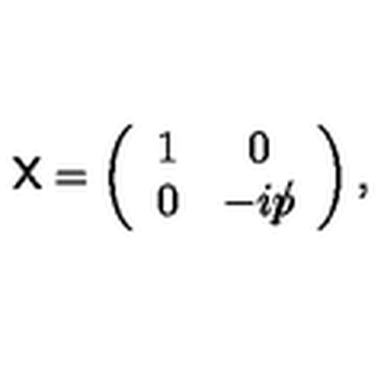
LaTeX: { \sf X } = \left( \begin{array} { c c } { 1 } & { 0 } \\ { 0 } & { - i p \llap / } \\ \end{array} \right) ,